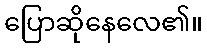
ပြောဆိုနေလေ၏။